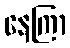
နေကြာ